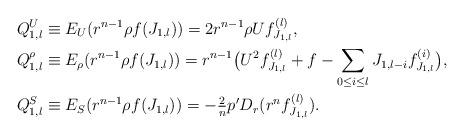
LaTeX: \begin{align*}& Q^U_{1,l} \equiv E_U(r^{n-1}\rho f(J_{1,l}))= 2 r^{n-1}\rho U f_{J_{1,l}}^{(l)} , \\& Q^\rho_{1,l} \equiv E_\rho(r^{n-1}\rho f(J_{1,l})) = r^{n-1}\big( U^2 f_{J_{1,l}}^{(l)} + f - \sum_{0\leq i\leq l} J_{1,l-i} f_{J_{1,l}}^{(i)} \big) , \\& Q^S_{1,l} \equiv E_S(r^{n-1}\rho f(J_{1,l})) = -\tfrac{2}{n} p' D_r ( r^n f_{J_{1,l}}^{(l)} ) . \end{align*}